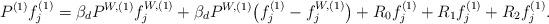
LaTeX: \begin{align*} P^{(1)} f_{j}^{(1)} = \beta_{d} P^{W , (1)} f_{j}^{W , (1)} + \beta_{d} P^{W , (1)} \big( f_{j}^{(1)} - f_{j}^{W , (1)} \big) + R_{0} f_{j}^{(1)} + R_{1} f_{j}^{(1)} + R_{2} f_{j}^{(1)} .\end{align*}